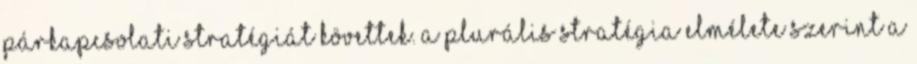
párkapcsolati stratégiát követtek. A plurális stratégia elmélete szerint a